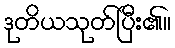
ဒုတိယသုတ်ပြီး၏။